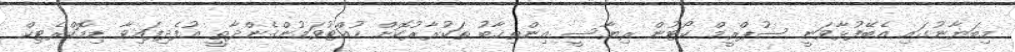
މިބަޔާނުގައި އެބޭފުޅާވަނީ ސުޕްރީމް ކޯޓުން ރިޔާސީ އިންތިޚާބު ތަކުރާރުކޮށް ހުއްޓުވަމުންގެންދާތީ އުފެދިފައިވާ ޑިމޮކްރެޓިކް